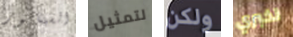
السيناتور لتمثيل ولكن تخبري